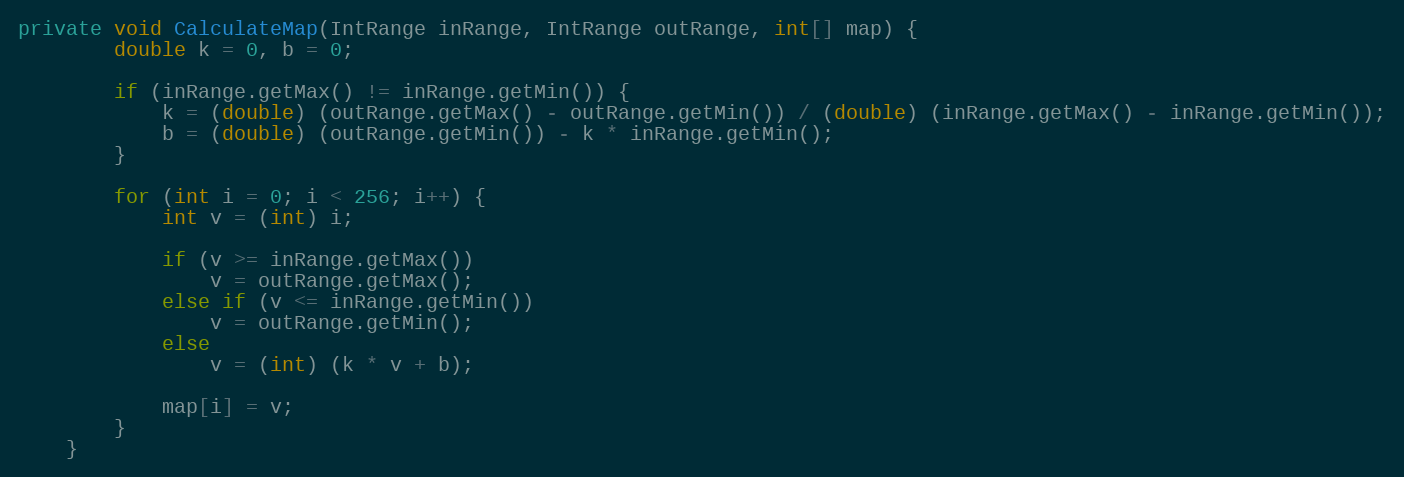
Language: Java
private void CalculateMap(IntRange inRange, IntRange outRange, int[] map) {
        double k = 0, b = 0;

        if (inRange.getMax() != inRange.getMin()) {
            k = (double) (outRange.getMax() - outRange.getMin()) / (double) (inRange.getMax() - inRange.getMin());
            b = (double) (outRange.getMin()) - k * inRange.getMin();
        }

        for (int i = 0; i < 256; i++) {
            int v = (int) i;

            if (v >= inRange.getMax())
                v = outRange.getMax();
            else if (v <= inRange.getMin())
                v = outRange.getMin();
            else
                v = (int) (k * v + b);

            map[i] = v;
        }
    }